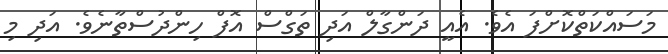
މަސައްކަތްކޮށްފަ އެވެ. އެއީ ދަންގާލް އަދި ތަގްސް އޮފް ހިންދުސްތާނެވެ. އަދި މި